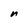
Character: n